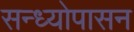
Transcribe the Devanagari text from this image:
सन्ध्याेपासन